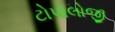
ટોપોલોજી